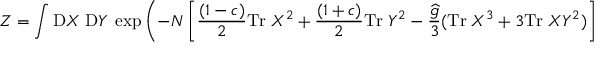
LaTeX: Z = \int \mathrm { D } X \; \mathrm { D } Y \; \exp \left( - N \left[ \frac { ( 1 - c ) } { 2 } \mathrm { T r } \; X ^ { 2 } + \frac { ( 1 + c ) } { 2 } \mathrm { T r } \; Y ^ { 2 } - \frac { \widehat { g } } { 3 } ( \mathrm { T r } \; X ^ { 3 } + 3 \mathrm { T r } \; X Y ^ { 2 } ) \right] \right) .